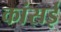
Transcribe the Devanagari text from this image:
कांसई